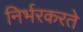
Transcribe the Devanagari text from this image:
निर्भरकरते